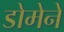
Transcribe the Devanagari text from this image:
डोमेने